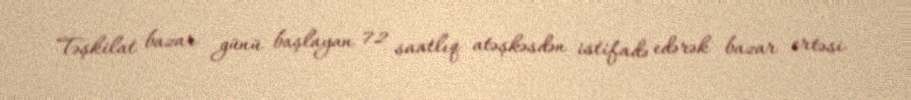
Təşkilat bazar günü başlayan 72 saatlıq atəşkəsdən istifadə edərək bazar ertəsi